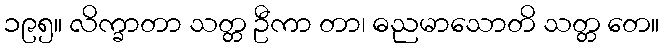
၁၉၅။ လိက္ခာတာ သတ္တ ဦကာ တာ၊ ဓညမာသောတိ သတ္တ တေ။